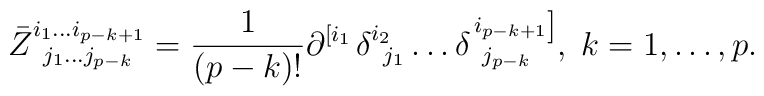
\bar Z_{\;\;j_1\ldots j_{p-k}}^{i_1\ldots i_{p-k+1}}=\frac1{\left( p-k\right) !}\partial _{}^{\left[ i_1\right. }\delta_{\;\;j_1}^{i_2}\ldots \delta _{\;\;j_{p-k}}^{\left. i_{p-k+1}\right]},\;k=1,\ldots ,p.